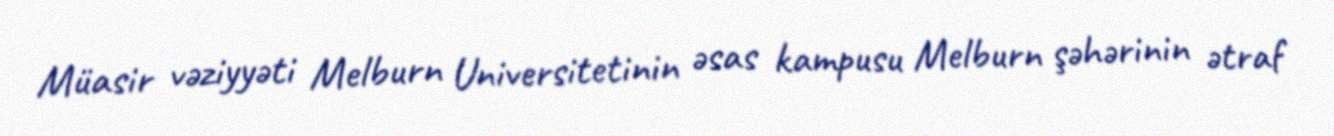
Müasir vəziyyəti Melburn Universitetinin əsas kampusu Melburn şəhərinin ətraf